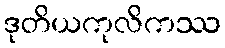
ဒုတိယကုလိကဿ